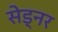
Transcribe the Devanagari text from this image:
सेड्नर